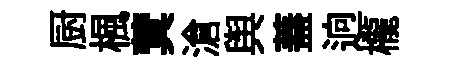
厨楓蓂滄舆蓋逈櫳